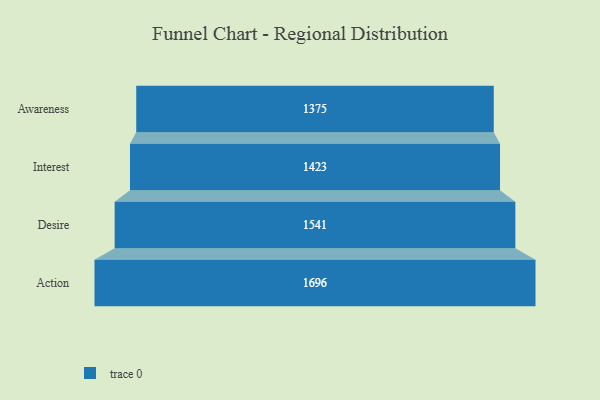
{"axis": {"x": "Stage", "y": "Value"}, "legend": [""], "data": [{"x": "Awareness", "y": 1375.0, "type": ""}, {"x": "Interest", "y": 1423.0, "type": ""}, {"x": "Desire", "y": 1541.0, "type": ""}, {"x": "Action", "y": 1696.0, "type": ""}]}